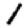
Digit: 1